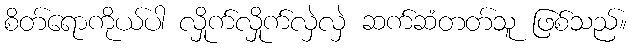
စိတ်ရောကိုယ်ပါ လှိုက်လှိုက်လှဲလှဲ ဆက်ဆံတတ်သူ ဖြစ်သည်။